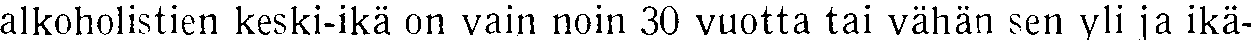
alkoholistien keski-ikä on vain noin 30 vuotta tai vähän sen yli ja ikä-